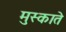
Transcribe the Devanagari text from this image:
मुस्काते